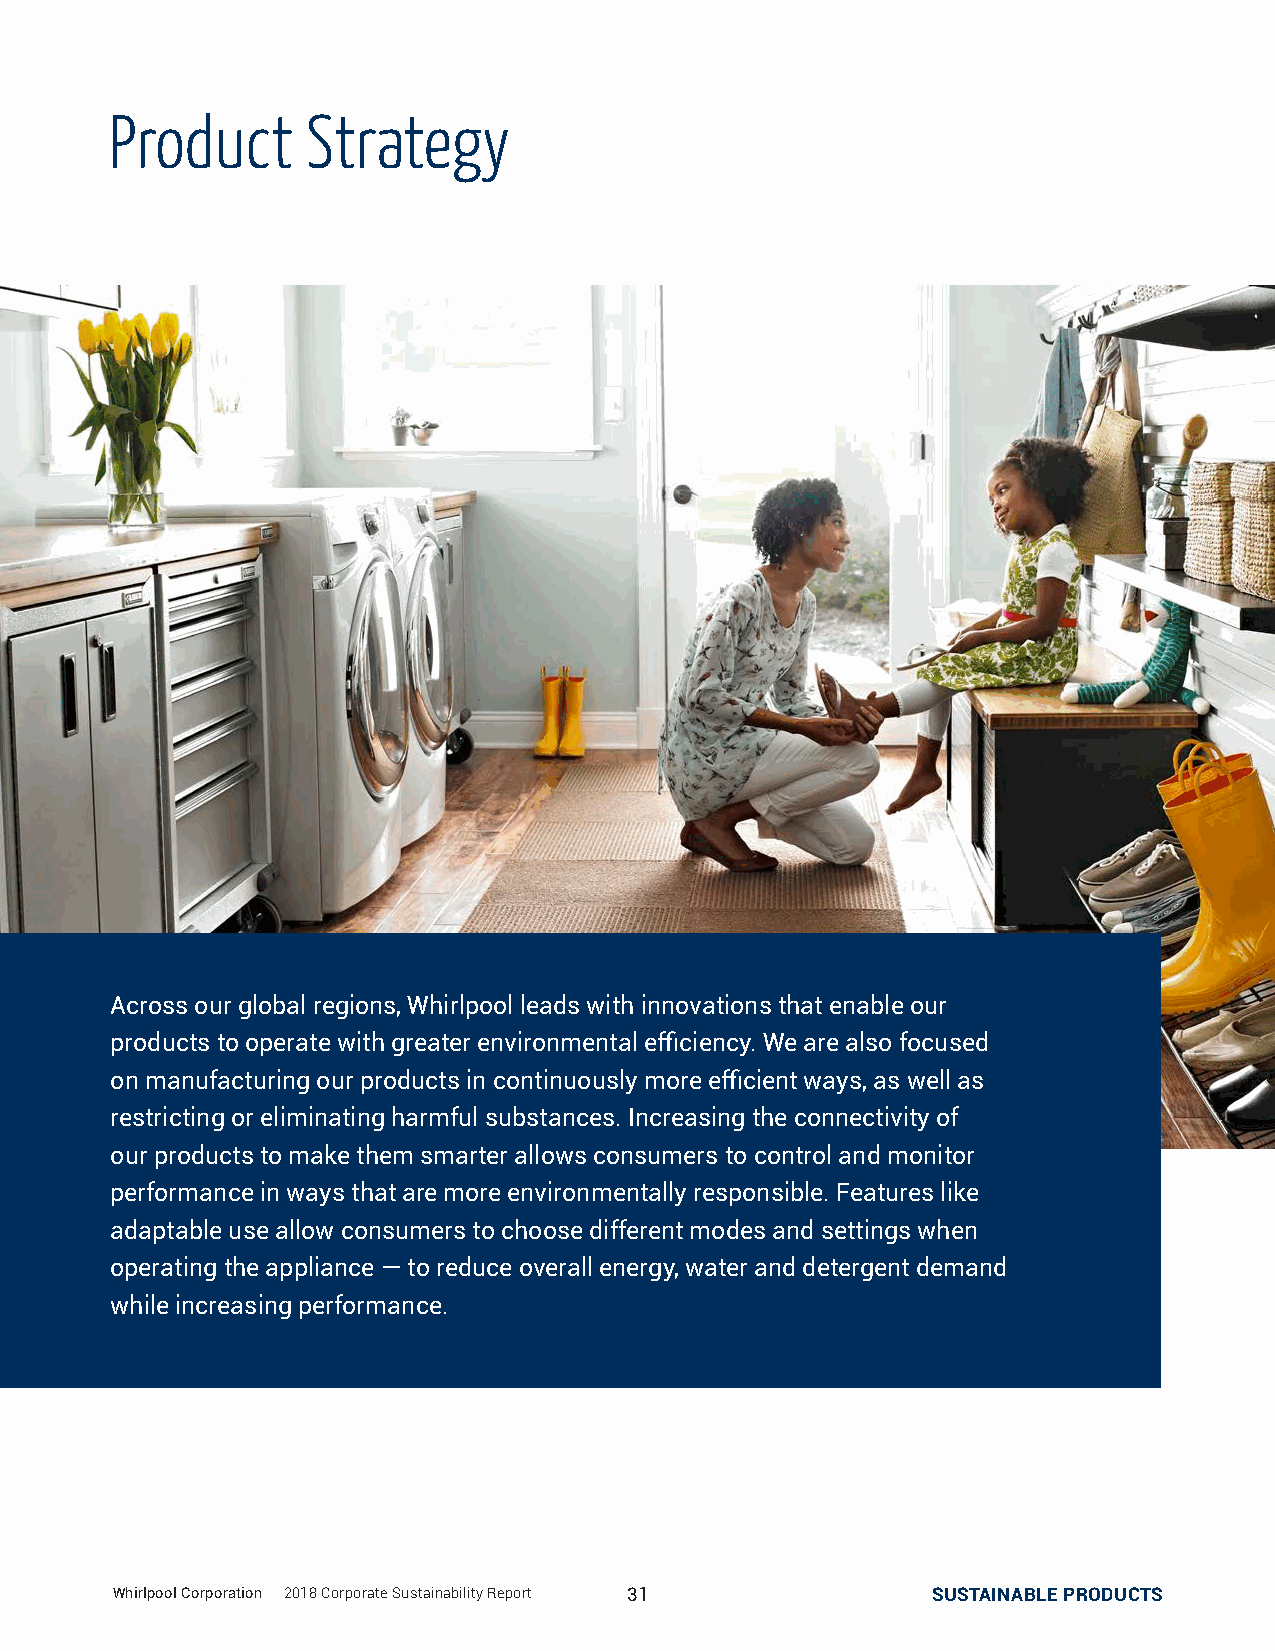
Product      Strategy
 Across our global regions, Whirlpool leads with innovations that enable our
 products to operate with greater environmental efficiency. We are also focused
 on manufacturing our products in continuously more efficient ways, as well as
 restricting or eliminating harmful substances. Increasing the connectivity of
 our products to make them smarter allows consumers to control and monitor
 performance in ways that are more environmentally responsible. Features like
 adaptable use allow consumers to choose different modes and settings when
 operating the appliance — to reduce overall energy, water and detergent demand
 while increasing performance.
 WWhhiirrllppooooll CCoorrppoorraattiioonn || 22001188 CCoorrppoorraattee SSuussttaaiinnaabbiilliittyy RReeppoorrtt 3311 SSUUSSTTAAIINNAABBLLEE PPRROODDUUCCTTSS